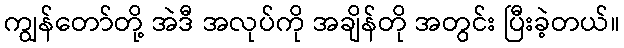
ကျွန်တော်တို့ အဲဒီ အလုပ်ကို အချိန်တို အတွင်း ပြီးခဲ့တယ်။